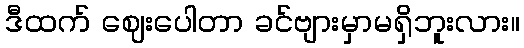
ဒီထက် ဈေးပေါတာ ခင်ဗျားမှာမရှိဘူးလား။